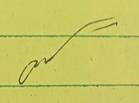
Signature authenticity: genuine